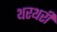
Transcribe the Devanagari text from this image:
थरथरी